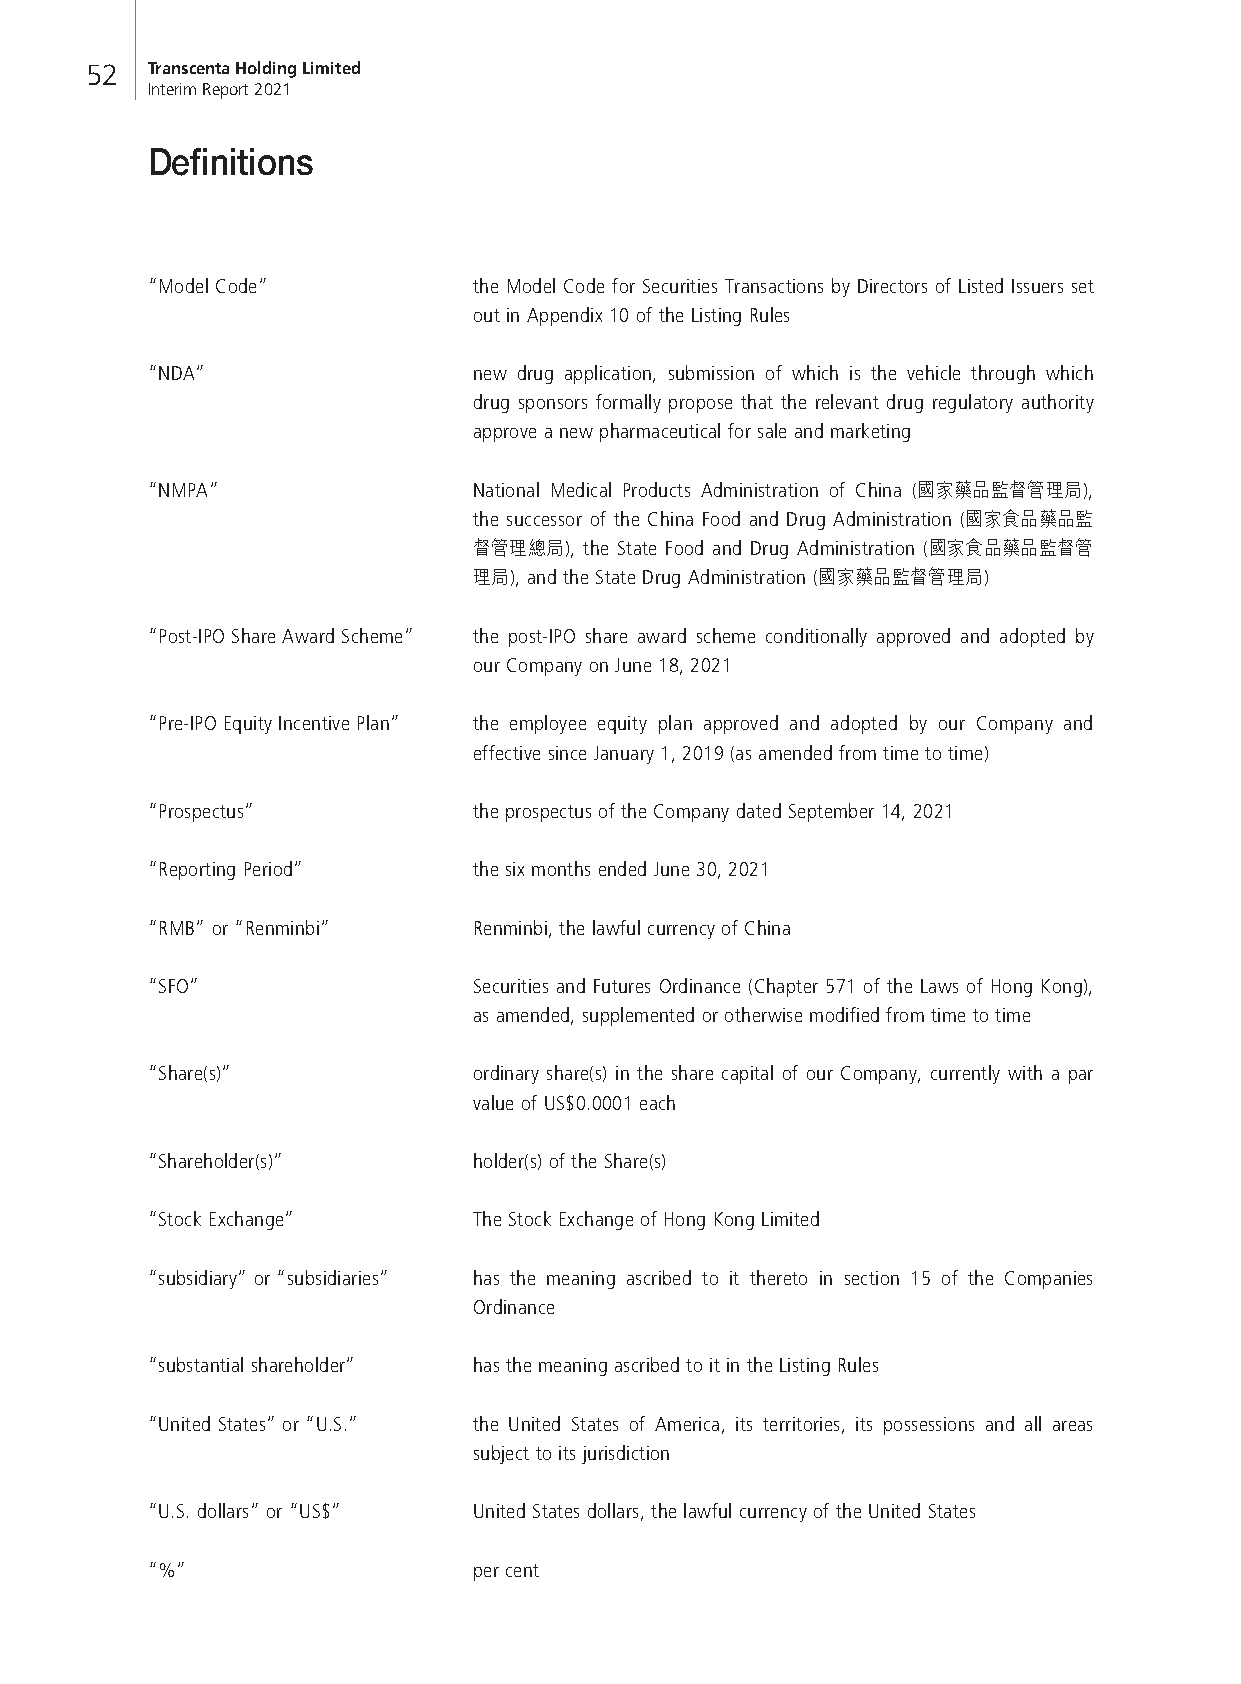
52  Transcenta Holding Limited
 Interim Report 2021
 Definitions
 “Model Code”         the Model Code for Securities Transactions by Directors of Listed Issuers set
 out in Appendix 10 of the Listing Rules
 “NDA”                new drug application, submission of which is the vehicle through which
 drug sponsors formally propose that the relevant drug regulatory authority
 approve a new pharmaceutical for sale and marketing
 “NMPA”               National Medical Products Administration of China (國家藥品監督管理局),
 the successor of the China Food and Drug Administration (國家食品藥品監
 督管理總局), the State Food and Drug Administration (國家食品藥品監督管
 理局), and the State Drug Administration (國家藥品監督管理局)
 “Post-IPO Share Award Scheme” the post-IPO share award scheme conditionally approved and adopted by
 our Company on June 18, 2021
 “Pre-IPO Equity Incentive Plan” the employee equity plan approved and adopted by our Company and
 effective since January 1, 2019 (as amended from time to time)
 “Prospectus”         the prospectus of the Company dated September 14, 2021
 “Reporting Period”   the six months ended June 30, 2021
 “RMB” or “Renminbi”  Renminbi, the lawful currency of China
 “SFO”                Securities and Futures Ordinance (Chapter 571 of the Laws of Hong Kong),
 as amended, supplemented or otherwise modified from time to time
 “Share(s)”           ordinary share(s) in the share capital of our Company, currently with a par
 value of US$0.0001 each
 “Shareholder(s)”     holder(s) of the Share(s)
 “Stock Exchange”     The Stock Exchange of Hong Kong Limited
 “subsidiary” or “subsidiaries” has the meaning ascribed to it thereto in section 15 of the Companies
 Ordinance
 “substantial shareholder” has the meaning ascribed to it in the Listing Rules
 “United States” or “U.S.” the United States of America, its territories, its possessions and all areas
 subject to its jurisdiction
 “U.S. dollars” or “US$” United States dollars, the lawful currency of the United States
 “%”                  per cent